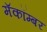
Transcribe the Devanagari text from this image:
मॅकॉम्बर